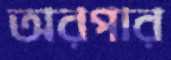
অরপার